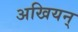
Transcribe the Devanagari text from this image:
अखियन्